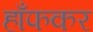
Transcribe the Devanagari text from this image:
हाँफकर